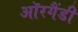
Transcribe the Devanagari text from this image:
ऑरगैंडी